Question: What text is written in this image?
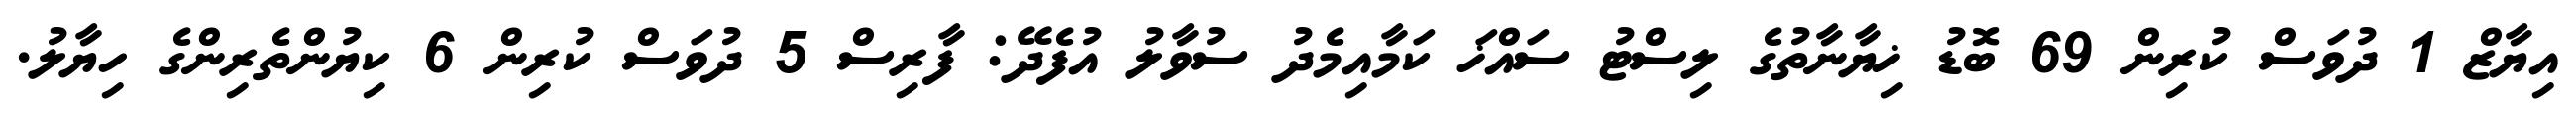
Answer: އިޔާޒް 1 ދުވަސް ކުރިން 69 ބޮޑު ޚިޔާނާތުގެ ލިސްޓު ސައްޚަ ކަމާއިމެދު ސުވާލު އުފެދޭ: ފާރިސް 5 ދުވަސް ކުރިން 6 ކިޔުންތެރިންގެ ހިޔާލު.